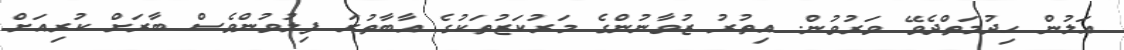
އަލުން ހިދުމަތްދެވޭ ވަރުވުން. އިތުރު ޒުވާނުންގެ މަރުކަޒުތަކުގެ އާބާތުރަ ފިލުވުންވެސް ބާރަށް ކުރިއަށް